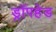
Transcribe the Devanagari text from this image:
ड्रॉपहेड